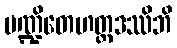
ပဏ္ဍိတေဟတ္ထဒဿိဘိ